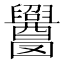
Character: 𬜁